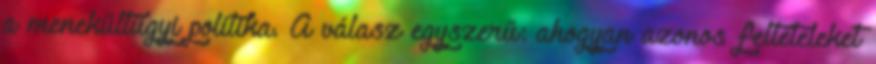
a menekültügyi politika. A válasz egyszerű: ahogyan azonos feltételeket